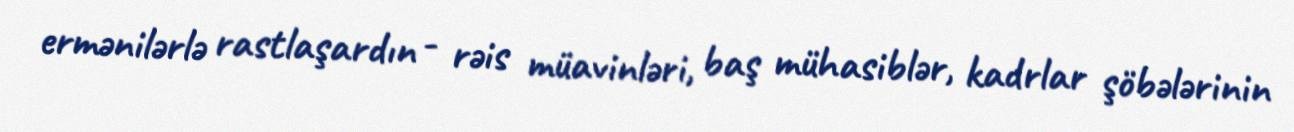
ermənilərlə rastlaşardın - rəis müavinləri, baş mühasiblər, kadrlar şöbələrinin